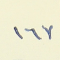
١٦٧